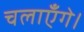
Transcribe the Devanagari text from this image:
चलाएँगे।